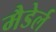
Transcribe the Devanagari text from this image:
मैडेर्ल